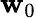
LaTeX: \mathbf{w}_{0}